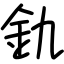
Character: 釚